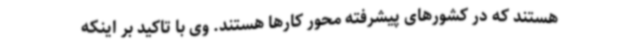
هستند که در کشورهای پیشرفته محور کارها هستند. وی با تاکید بر اینکه